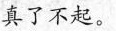
真了不起。